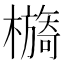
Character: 檹